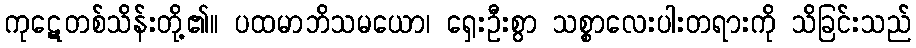
ကုဋေတစ်သိန်းတို့၏။ ပထမာဘိသမယော၊ ရှေးဦးစွာ သစ္စာလေးပါးတရားကို သိခြင်းသည်